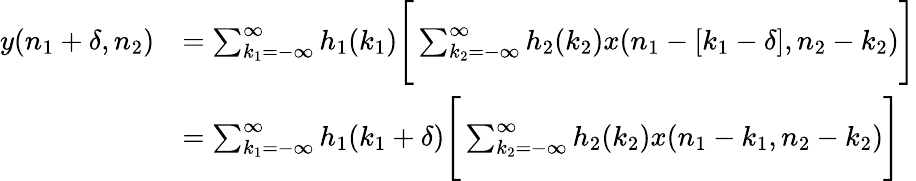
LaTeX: {\begin{array}{rl}{y(n_{1}+\delta,n_{2})}&{=\sum_{k_{1}=-\infty}^{\infty}h_{1}(k_{1}){\Bigg[}\sum_{k_{2}=-\infty}^{\infty}h_{2}(k_{2})x(n_{1}-[k_{1}-\delta],n_{2}-k_{2}){\Bigg]}}\\ &{=\sum_{k_{1}=-\infty}^{\infty}h_{1}(k_{1}+\delta){\Bigg[}\sum_{k_{2}=-\infty}^{\infty}h_{2}(k_{2})x(n_{1}-k_{1},n_{2}-k_{2}){\Bigg]}}\end{array}}